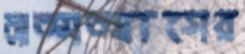
আত্মত্যাগের